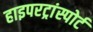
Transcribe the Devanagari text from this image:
हाइपरट्रांस्पोर्ट